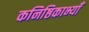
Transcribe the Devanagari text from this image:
कनिष्ठिकाभ्याँ